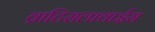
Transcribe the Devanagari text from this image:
व्राटिसलावाईस